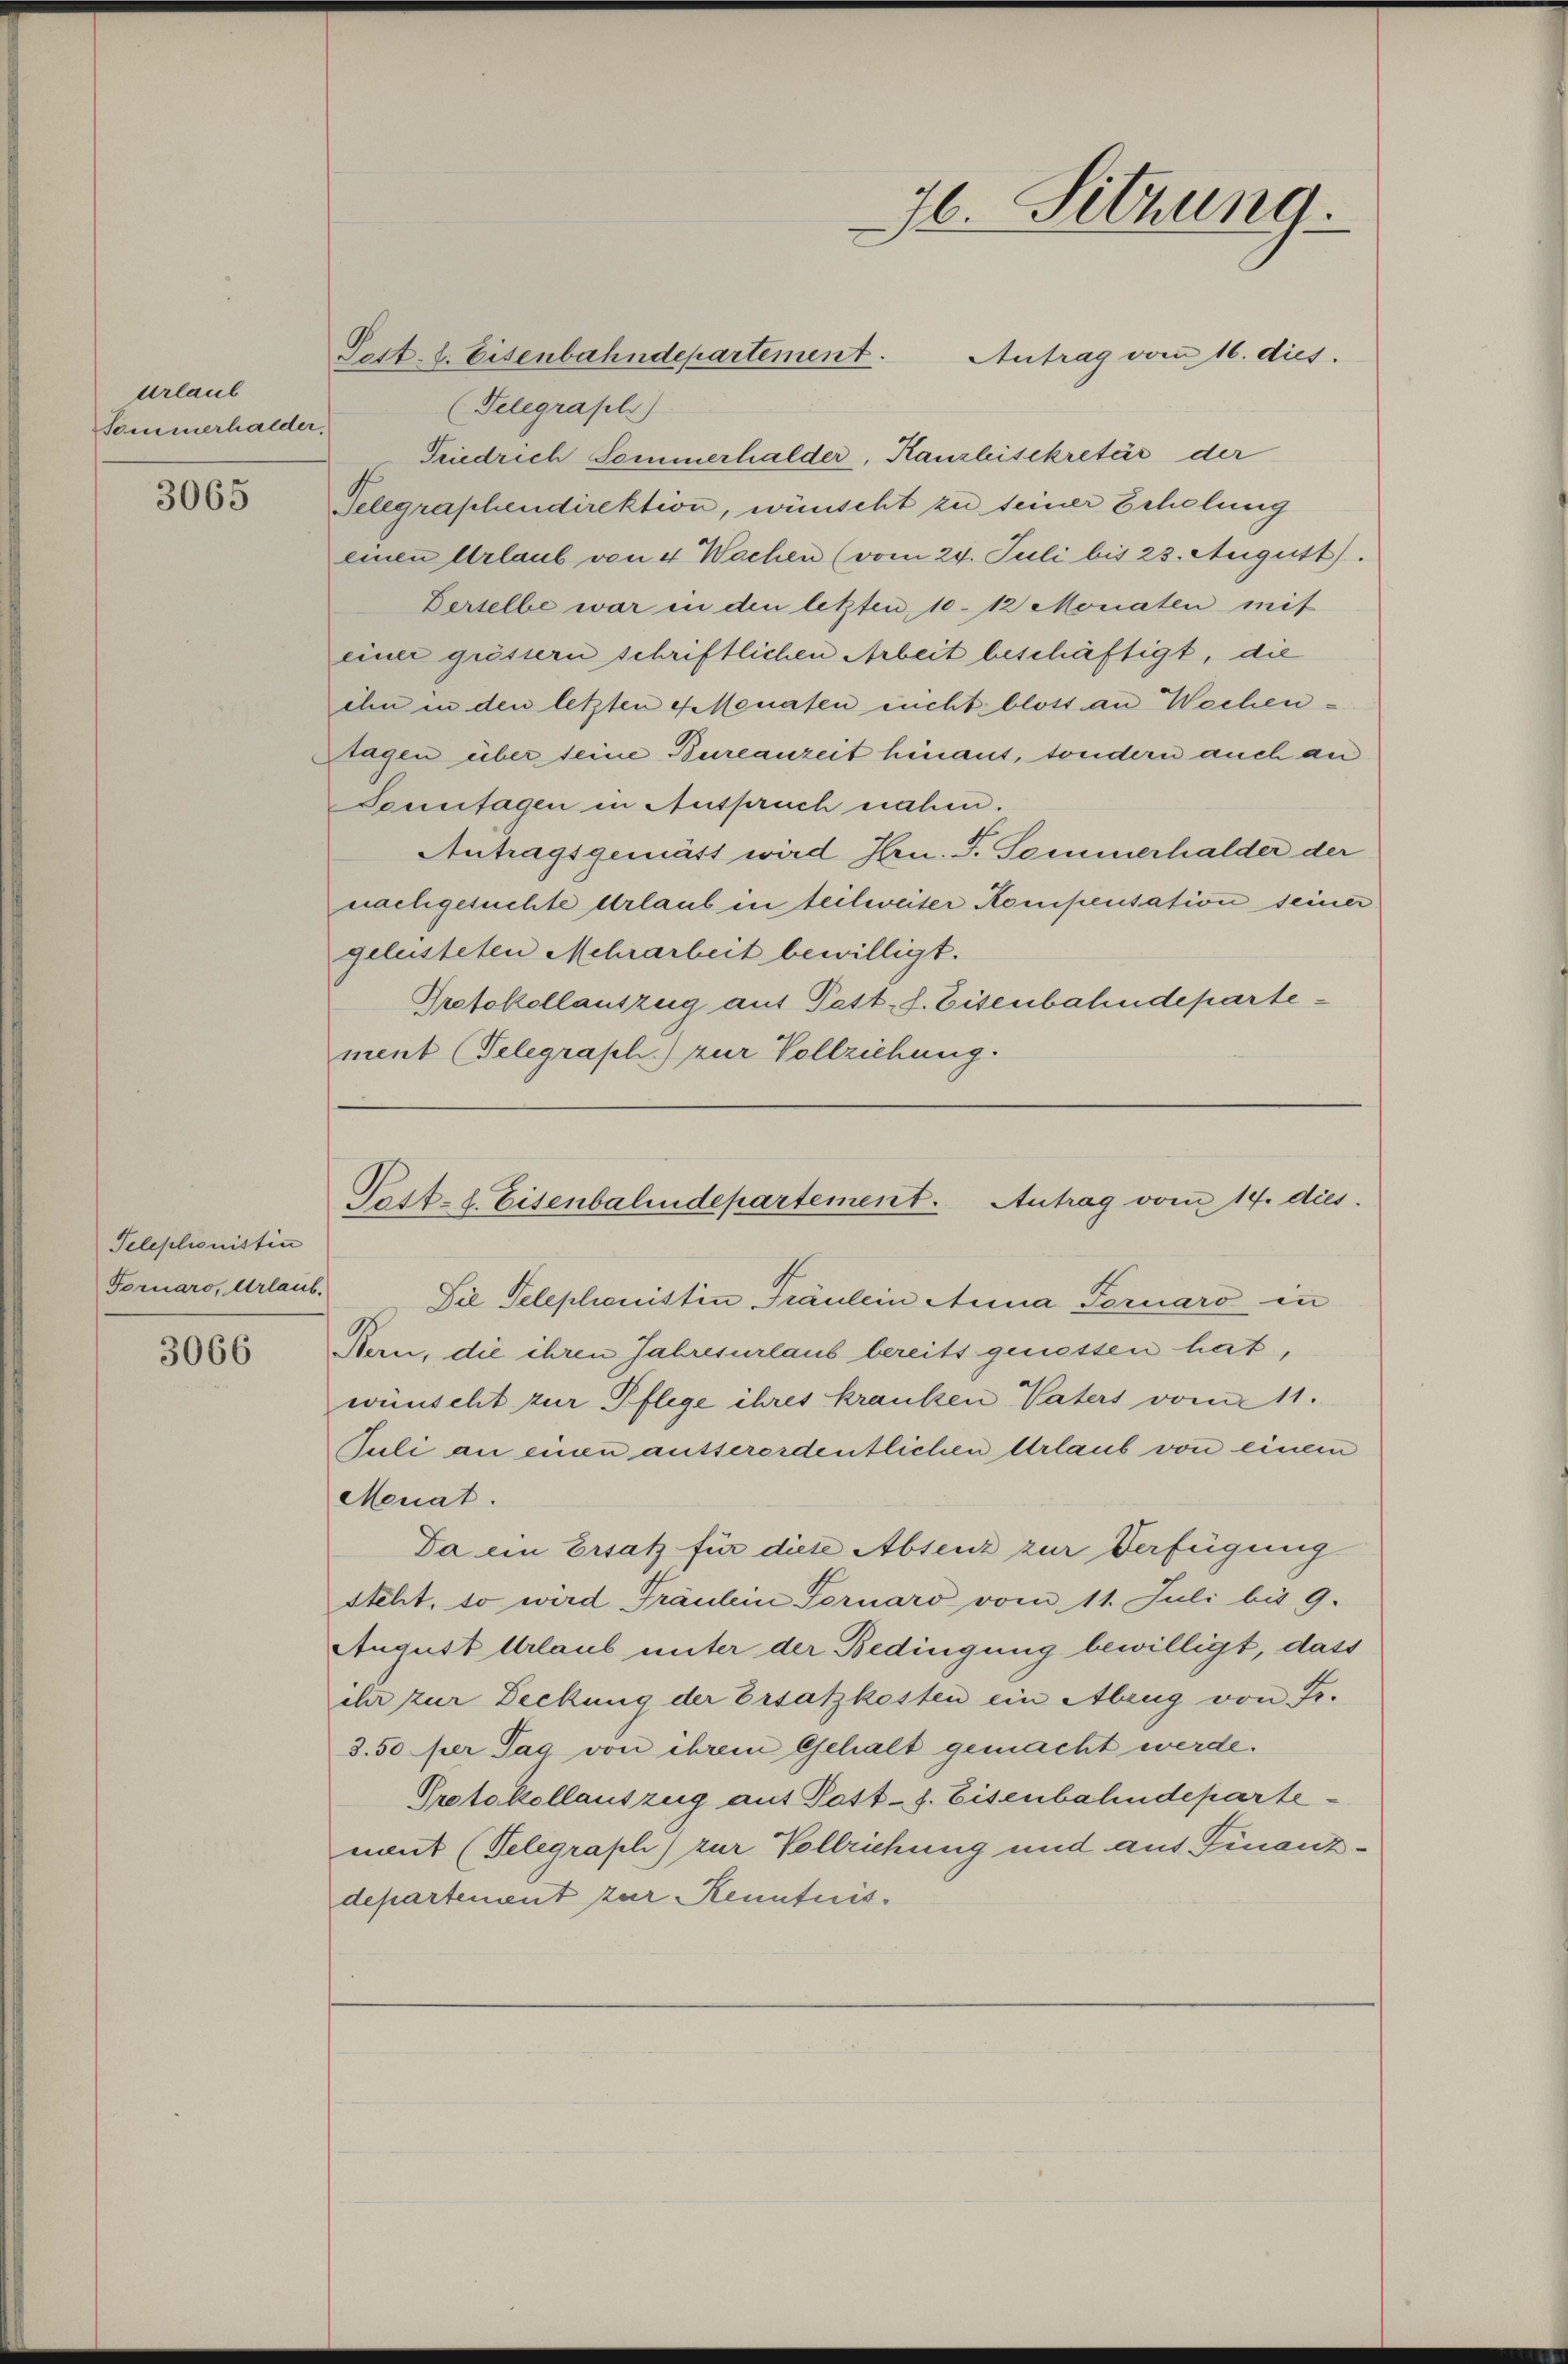
Urlaub
Sommerhalder,

3065

Teleptionistin
Fornaro, Urlaub.

3066

Tett-t. Eisenbahndepartement.
Antrag vom 16. dies.
(Telegrafls)
Friedrich Sommerhalder, Kanzleisekretär der
Telegraphendirektion, wünscht zu seiner Schelung
einen Urlaub von 4 Wochen (vom 24. Juli bis 23. August).
Derselbe war in den letzten 10. 12 Monaten mit
einer grössern schriftlichen Arbeit beschäftigt, die
ihn in den letzten 4 Monaten eucht bloss an Wochen¬
Stagen über seine Bureanzeit hinaus, sondern auch an
Sonntagen in Auspruch nahen.
Antragsgemäss wird Hrn. F. Sommerhalder der
nachgesuchte Urlaub in teilweiser Kompensation seiner
geleisteten Mehrarbeit bewilligt.
Protokollauszug auf Pett. f. Eisenbahndepartement (Telegraph.) zur Vollziehung.

6. Sitzung.

Patt. l. Eisenbahndepartement. Antrag vom 14. dies

Die Telephonistin Fräulein Anna Fornaro in
Bern, die ihren Jahresurlaub bereits genessen hat,
wünscht zur Pflege ihres kranken Vaters vom 11.
Juli an einen ausserordentlichen Urlaub von einem
Meuat.
Da ein Ersatz für diese Absenz zur Verfügung
steht, so wird Fräulein Fornaro vom 11. Juli bis 9.
August Urlaub unter der Bedingung bewilligt, dass
ihr zur Deckung der Ersatzkosten ein Abzug von Fr.
3.50 per Tag von ihrem Gehalt gemacht werde.
Protokollauszug auf Post-s. Eisenbahndepartement (Telegraph) zur Vollziehung und aus Finanzdepartement zur Kenntnis¬